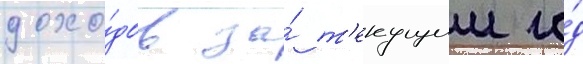
дохо́дов за́ т'екущии го́д